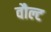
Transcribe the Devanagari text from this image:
वौल्ट